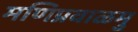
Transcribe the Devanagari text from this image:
मणिप्रवाळमु